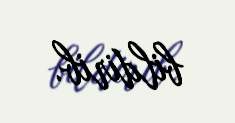
bildirib.